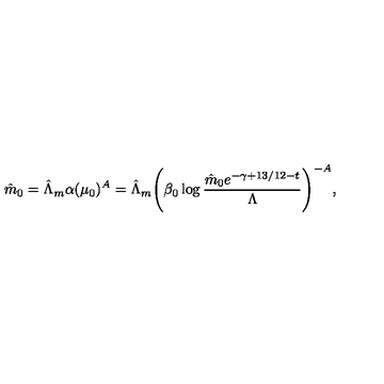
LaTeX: \hat { m } _ { 0 } = \hat { \Lambda } _ { m } \alpha ( \mu _ { 0 } ) ^ { A } = \hat { \Lambda } _ { m } \Biggl ( \beta _ { 0 } \log { \frac { \hat { m } _ { 0 } e ^ { - \gamma + 1 3 / 1 2 - t } } { \Lambda } } \Biggl ) ^ { - A } ,